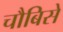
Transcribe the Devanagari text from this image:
चौबिसे